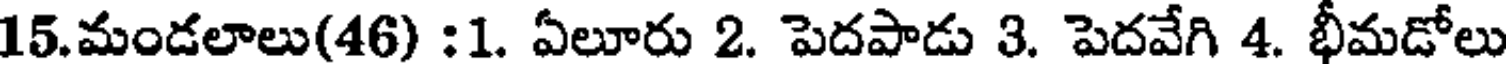
15.మండలాలు(46) :1. ఏలూరు 2. పెదపాడు 3. పెదవేగి 4. భీమడోలు